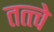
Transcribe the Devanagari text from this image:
तत्‍त्‍वे